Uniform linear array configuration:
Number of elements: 48
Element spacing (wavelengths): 0.5
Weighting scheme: cosine
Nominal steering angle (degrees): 15
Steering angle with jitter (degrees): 15.045
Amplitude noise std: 0.05
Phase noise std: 0.05

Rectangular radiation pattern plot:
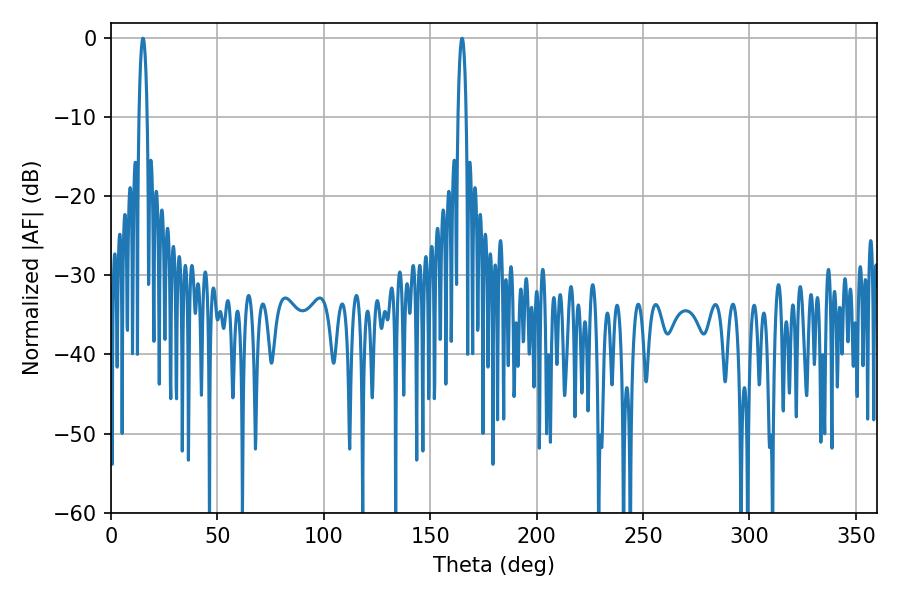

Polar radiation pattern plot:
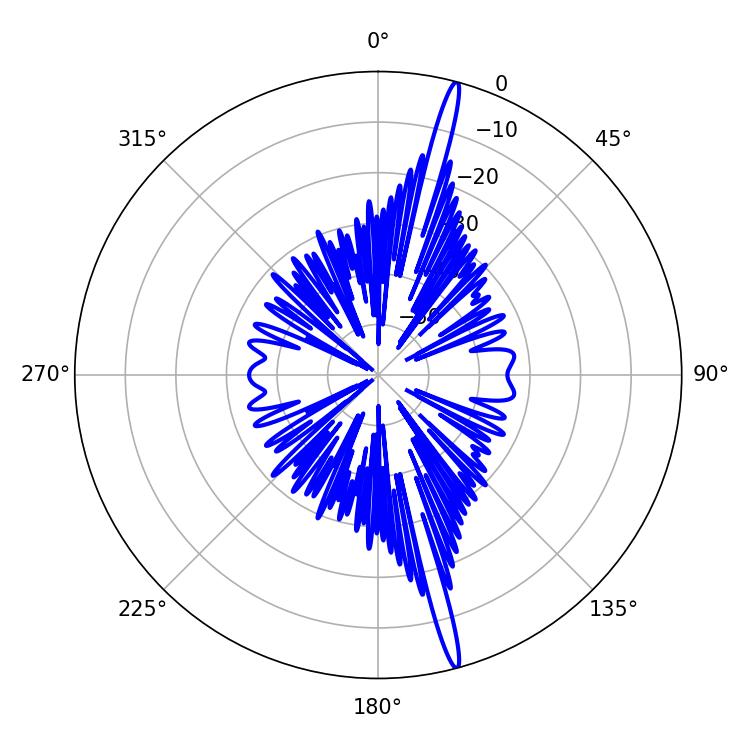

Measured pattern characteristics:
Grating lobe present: FALSE
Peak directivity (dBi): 19.463
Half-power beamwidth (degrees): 1.98
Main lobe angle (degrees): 15.12